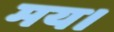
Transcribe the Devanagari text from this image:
मय।